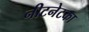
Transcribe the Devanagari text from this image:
नीटनेटका